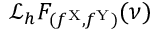
\mathcal { L } _ { h } F _ { ( f ^ { \mathrm { X } } , f ^ { \mathrm { Y } } ) } ( \nu )